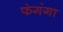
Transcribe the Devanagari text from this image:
फंगंगा